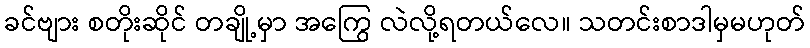
ခင်ဗျား စတိုးဆိုင် တချို့မှာ အကြွေ လဲလို့ရတယ်လေ။ သတင်းစာဒါမှမဟုတ်